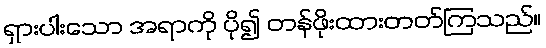
ရှားပါးသော အရာကို ပို၍ တန်ဖိုးထားတတ်ကြသည်။